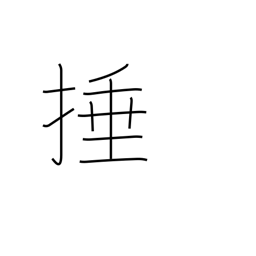
Meaning: strike